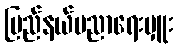
ပြည်နယ်ပညာရေးမှူး